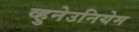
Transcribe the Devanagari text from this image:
व्हुनेउनियेम